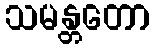
သမန္တတော